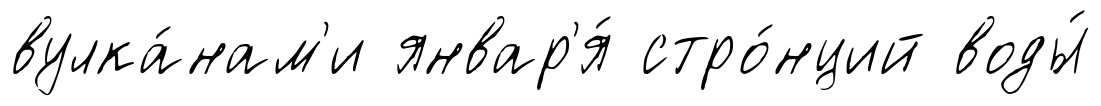
вулка́нам'и январ'я́ стро́нций воды́